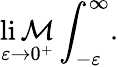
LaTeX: \operatorname*{li\mathcal{M}}_{\varepsilon\rightarrow0^{+}}\int_{-\varepsilon}^{\infty}.